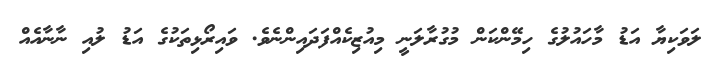
ލަވަކިޔާ އަޑު މާހައުލުގެ ހިމޭންކަން މުގުރާލަނީ މިއުޒިކެއްފަދައިންނެވެ. ވައިރޯޅިތަކުގެ އަޑު ލުއި ނާނާއެއް